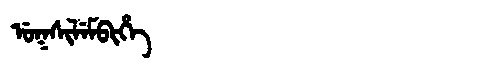
Manchu: ᡠᡴᠰᡳᠯᡝᠮᠪᡳᡥᡝ
Romanization: UKSILEMBIHE